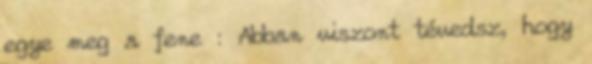
egye meg a fene : Abban viszont tévedsz, hogy